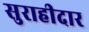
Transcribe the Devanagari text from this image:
सुराहीदार